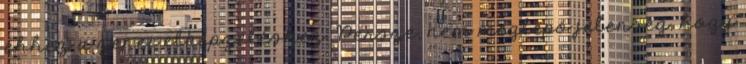
ehhez a zenei elképzeléshez. Persze, nem meglepő jelenség, hogy